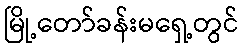
မြို့တော်ခန်းမရှေ့တွင်